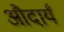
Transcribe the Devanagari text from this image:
औदार्यं